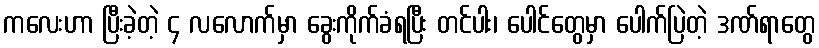
ကလေးဟာ ပြီးခဲ့တဲ့ ၄ လလောက်မှာ ခွေးကိုက်ခံရပြီး တင်ပါး၊ ပေါင်တွေမှာ ပေါက်ပြဲတဲ့ ဒဏ်ရာတွေ